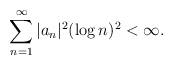
LaTeX: \begin{gather*}\sum_{n=1}^{\infty} |a_n|^2 (\log{n})^2< \infty. \end{gather*}